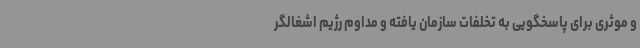
و موثری برای پاسخگویی به تخلفات سازمان یافته و مداوم رژیم اشغالگر